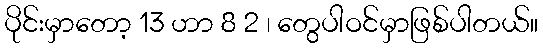
ပိုင်းမှာတော့ 13 ဟာ 8 2 ၊ တွေပါဝင်မှာဖြစ်ပါတယ်။